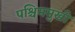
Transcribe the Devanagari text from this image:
पश्चिममुखी